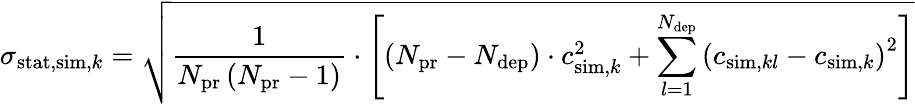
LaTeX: \sigma_{\mathrm{stat},\mathrm{sim},k}=\sqrt{\frac{1}{N_{\mathrm{pr}}\left(N_{\mathrm{pr}}-1\right)}\cdot\left[\left(N_{\mathrm{pr}}-N_{\mathrm{dep}}\right)\cdot c_{\mathrm{sim},k}^{2}+\sum_{l=1}^{N_{\mathrm{dep}}}\left(c_{\mathrm{sim},kl}-c_{\mathrm{sim},k}\right)^{2}\right]}